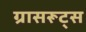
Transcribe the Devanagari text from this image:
ग्रासरूट्स